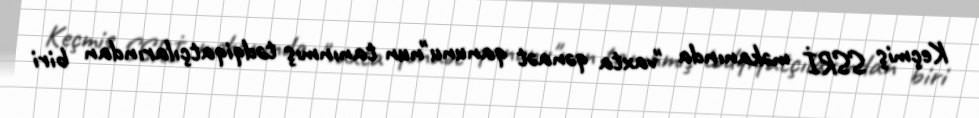
Keçmiş SSRİ məkanında "vaxta qənaət qanunu"nun tanınmış tədqiqatçılarından biri